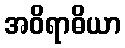
အဝိရာဓိယာ